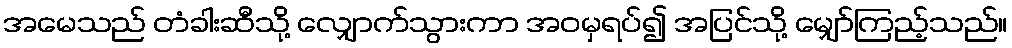
အမေသည် တံခါးဆီသို့ လျှောက်သွားကာ အဝမှရပ်၍ အပြင်သို့ မျှော်ကြည့်သည်။